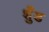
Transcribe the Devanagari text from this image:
शुँड